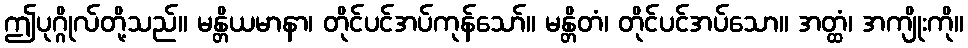
ဤပုဂ္ဂိုလ်တို့သည်။ မန္တိယမာနာ၊ တိုင်ပင်အပ်ကုန်သော်။ မန္တိတံ၊ တိုင်ပင်အပ်သော။ အတ္ထံ၊ အကျိုးကို။